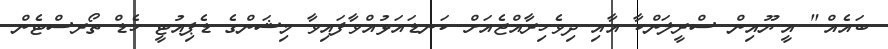
ބައެއް." އީ.ޔޫއިން ސްރީލަންކާ އާއި ދިވެހިރާއްޖެއަށް ކަނޑައަޅުއްވާފައިވާ މިޝަންގެ ޑެޕިއުޓީ ހެޑް ތޯރސްޓެން